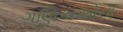
ગણિકાઓના